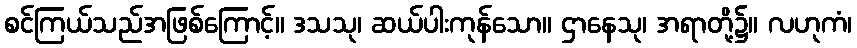
စင်ကြယ်သည်အဖြစ်ကြောင့်။ ဒသသု၊ ဆယ်ပါးကုန်သော။ ဌာနေသု၊ အရာတို့၌။ လဟုကံ၊